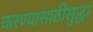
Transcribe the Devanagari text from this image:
करण्यासाठीसुद्धा